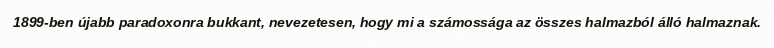
1899-ben újabb paradoxonra bukkant, nevezetesen, hogy mi a számossága az összes halmazból álló halmaznak.